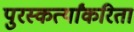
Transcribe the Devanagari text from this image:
पुरस्कर्त्यांकरिता